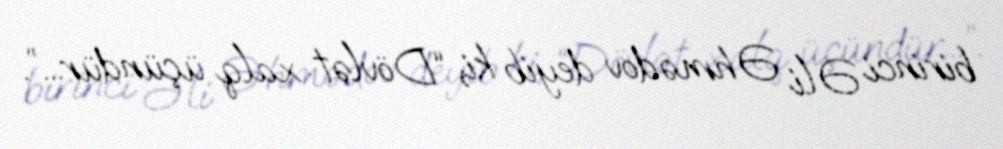
birinci Əli Əhmədov deyib ki, “Dövlət xalq üçündür...”.